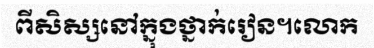
ពីសិស្សនៅក្នុងថ្នាក់រៀន។លោក